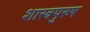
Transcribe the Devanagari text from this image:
शास्त्रपुरुष